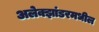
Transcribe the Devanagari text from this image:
अलेक्झांडरमधील